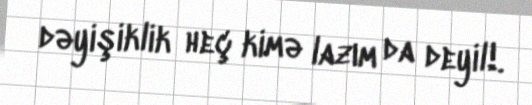
dəyişiklik heç kimə lazım da deyil!.